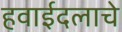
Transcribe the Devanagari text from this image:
हवाईदलाचे